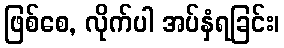
ဖြစ်စေ, လိုက်ပါ အပ်နှံရခြင်း၊